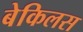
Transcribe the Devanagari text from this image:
बेकिलस